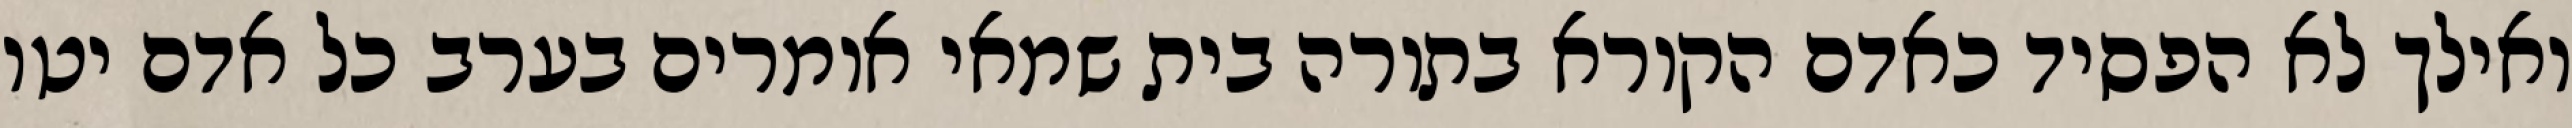
ואילך לא הפסיד כאדם הקורא בתורה בית שמאי אומרים בערב כל אדם יטו